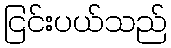
ငြင်းပယ်သည်